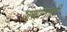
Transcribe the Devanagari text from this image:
जणांनाही